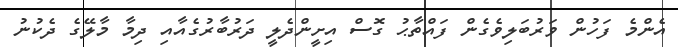
އެންމެ ފަހުން ވަރުބަލިވެގެން ފައްތާޙު ގޮސް އިށީންދެލީ ދަރުބާރުގެއާއި ދިމާ މާލޭގެ ދެކުނު